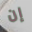
إن